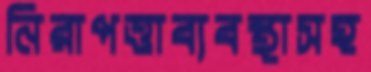
নিরাপত্তাব্যবস্থাসহ